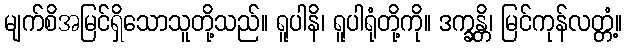
မျက်စိအမြင်ရှိသောသူတို့သည်။ ရူပါနိ၊ ရူပါရုံတို့ကို။ ဒက္ခန္တိ၊ မြင်ကုန်လတ္တံ့။